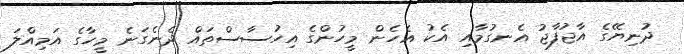
ދުނިޔޭގެ އާޖުފާޖު އެނގުމާއި އެކު އެހެން މީހުންގެ އިހުސާސްތައް ދެނެގަނެ މީހާގެ އަމިއްލަ